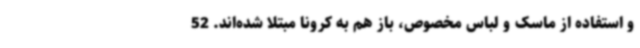
و استفاده از ماسک و لباس مخصوص، باز هم به کرونا مبتلا شده‌اند. 52